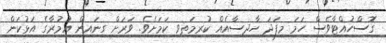
ގޮސްހުއްޓާވެސް ހަމަ މިފަދަ ހާދިސާއެއް ކުރިމަތިވި ކަމަށެވެ. ވަރަށް ގިނައިިން އުމުރާގެ އަޅުކަން